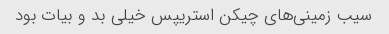
سیب زمینی‌های چیکن استریپس خیلی بد و بیات بود